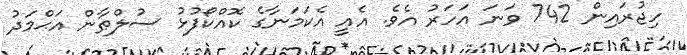
ހިޖުރައިން 742 ވަނަ އަހަރު އެވެ. އެއީ އެކަމަނާގެ ކޮއްކޯފުޅު ސުލްޠާން އަޙްމަދު